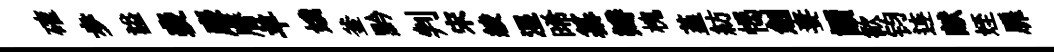
確歩謚裴麐曆羊娥釜黔判宋綾湿晞纂瓣槐堇紡愒劍妻讀歓钧连献姪扉